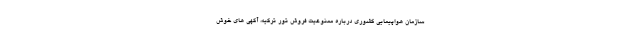
سازمان هواپیمایی کشوری درباره ممنوعیت فروش تور ترکیه، آگهی ‌های خوش